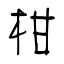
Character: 柑